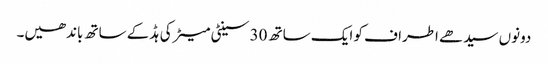
دونوں سیدھے اطراف کو ایک ساتھ 30 سینٹی میٹر کی ہڈ کے ساتھ باندھیں۔